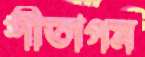
শীতাগম